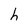
Character: h